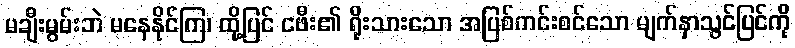
မချီးမွမ်းဘဲ မနေနိုင်ကြ၊ ထို့ပြင် ငဖီး၏ ရိုးသားသော အပြစ်ကင်းစင်သော မျက်နှာသွင်ပြင်ကို